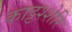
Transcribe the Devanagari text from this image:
काट्टश्शेरि